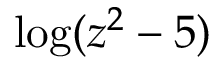
\log ( z ^ { 2 } - 5 )